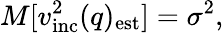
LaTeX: M[v_{\mathrm{inc}}^{2}(q)_{\mathrm{est}}]=\sigma^{2},